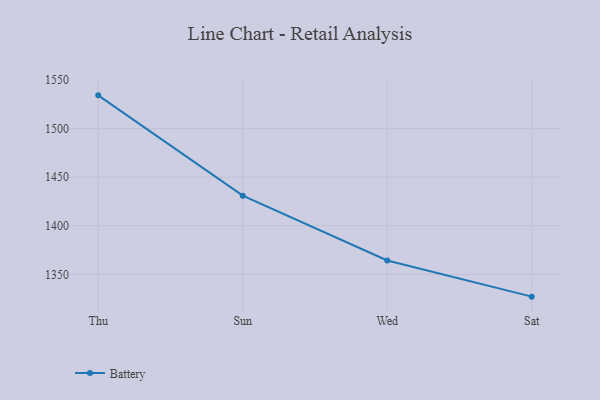
{"axis": {"x": "Day", "y": "Temperature (°C)"}, "legend": ["Battery"], "data": [{"x": "Thu", "y": 1534.3, "type": "Battery"}, {"x": "Sun", "y": 1431.0, "type": "Battery"}, {"x": "Wed", "y": 1364.3, "type": "Battery"}, {"x": "Sat", "y": 1327.0, "type": "Battery"}]}